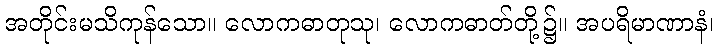
အတိုင်းမသိကုန်သော။ လောကဓာတုသု၊ လောကဓာတ်တို့၌။ အပရိမာဏာနံ၊